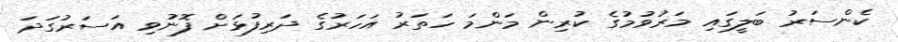
ކެންސަރު ބަލީގައި މަރުވުމުގެ ކުރިން މަންމަ ހަތަރު އަހަރުގެ ދަރިފުޅަށް ފޮނުވި އަސަރުގަދަ